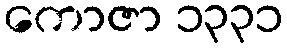
ကောဇာ ၁၃၃၁